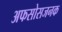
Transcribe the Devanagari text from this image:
अफसोसजनक